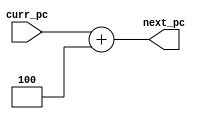
`timescale 1ns / 1ps

module Sumador1(
	input [63:0] curr_pc,
	output reg [63:0] next_pc
	);

	always @(*)
		next_pc = curr_pc + 3'b100;

endmodule